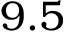
9 . 5